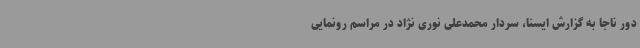
دور ناجا به گزارش ایسنا، سردار محمدعلی نوری نژاد در مراسم رونمایی